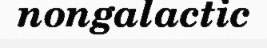
nongalactic